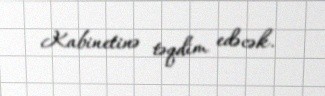
Kabinetinə təqdim edəcək.